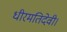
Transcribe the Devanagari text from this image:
धीरमतिदेवी।